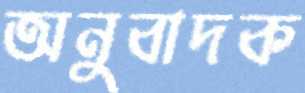
অনুবাদক